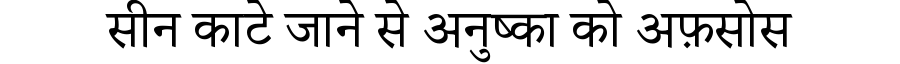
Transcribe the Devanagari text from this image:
सीन काटे जाने से अनुष्का को अफ़सोस